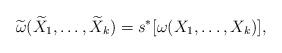
LaTeX: \begin{align*}\widetilde{\omega}(\widetilde{X}_1,\dots, \widetilde{X}_k)=s^\ast[\omega(X_1,\dots, X_k)],\end{align*}